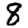
Digit: 8